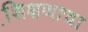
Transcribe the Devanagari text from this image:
शि़क्षणाचा